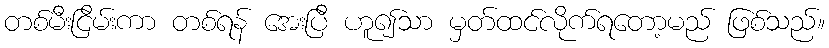
တစ်မီးငြိမ်းကာ တစ်ရန် အေးပြီ ဟူ၍သာ မှတ်ထင်လိုက်ရတော့မည် ဖြစ်သည်။